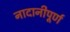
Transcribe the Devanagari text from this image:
नादानीपूर्ण